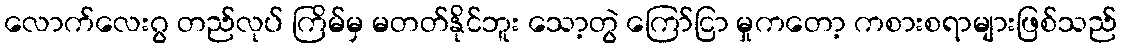
လောက်လေးဂွ တည်လုပ် ကြိမ်မှ မတတ်နိုင်ဘူး သော့တွဲ ကြော်ငြာ မှုကတော့ ကစားစရာများဖြစ်သည်